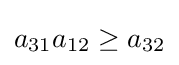
a_{31}a_{12}\geq a_{32}